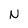
Character: N